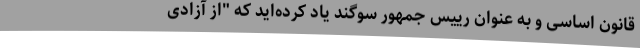
قانون اساسی و به عنوان رییس جمهور سوگند یاد کرده‌اید که "از آزادی‌